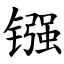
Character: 镪